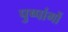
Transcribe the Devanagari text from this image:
पुष्पांगों